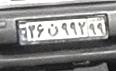
۳۶ن۹۹۲۹۹